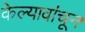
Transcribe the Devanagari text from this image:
केल्यावांचून